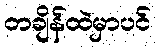
တချိန်ထဲမှာပင်